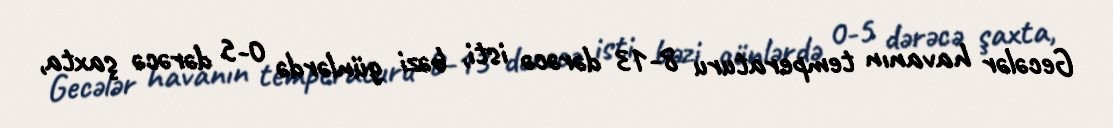
Gecələr havanın temperaturu 8-13 dərəcə isti, bəzi günlərdə 0-5 dərəcə şaxta,